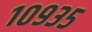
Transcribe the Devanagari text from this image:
१०९३५